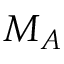
M _ { A }